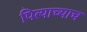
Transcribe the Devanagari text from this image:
पित्याच्याच